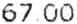
67.00